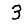
Digit: 3